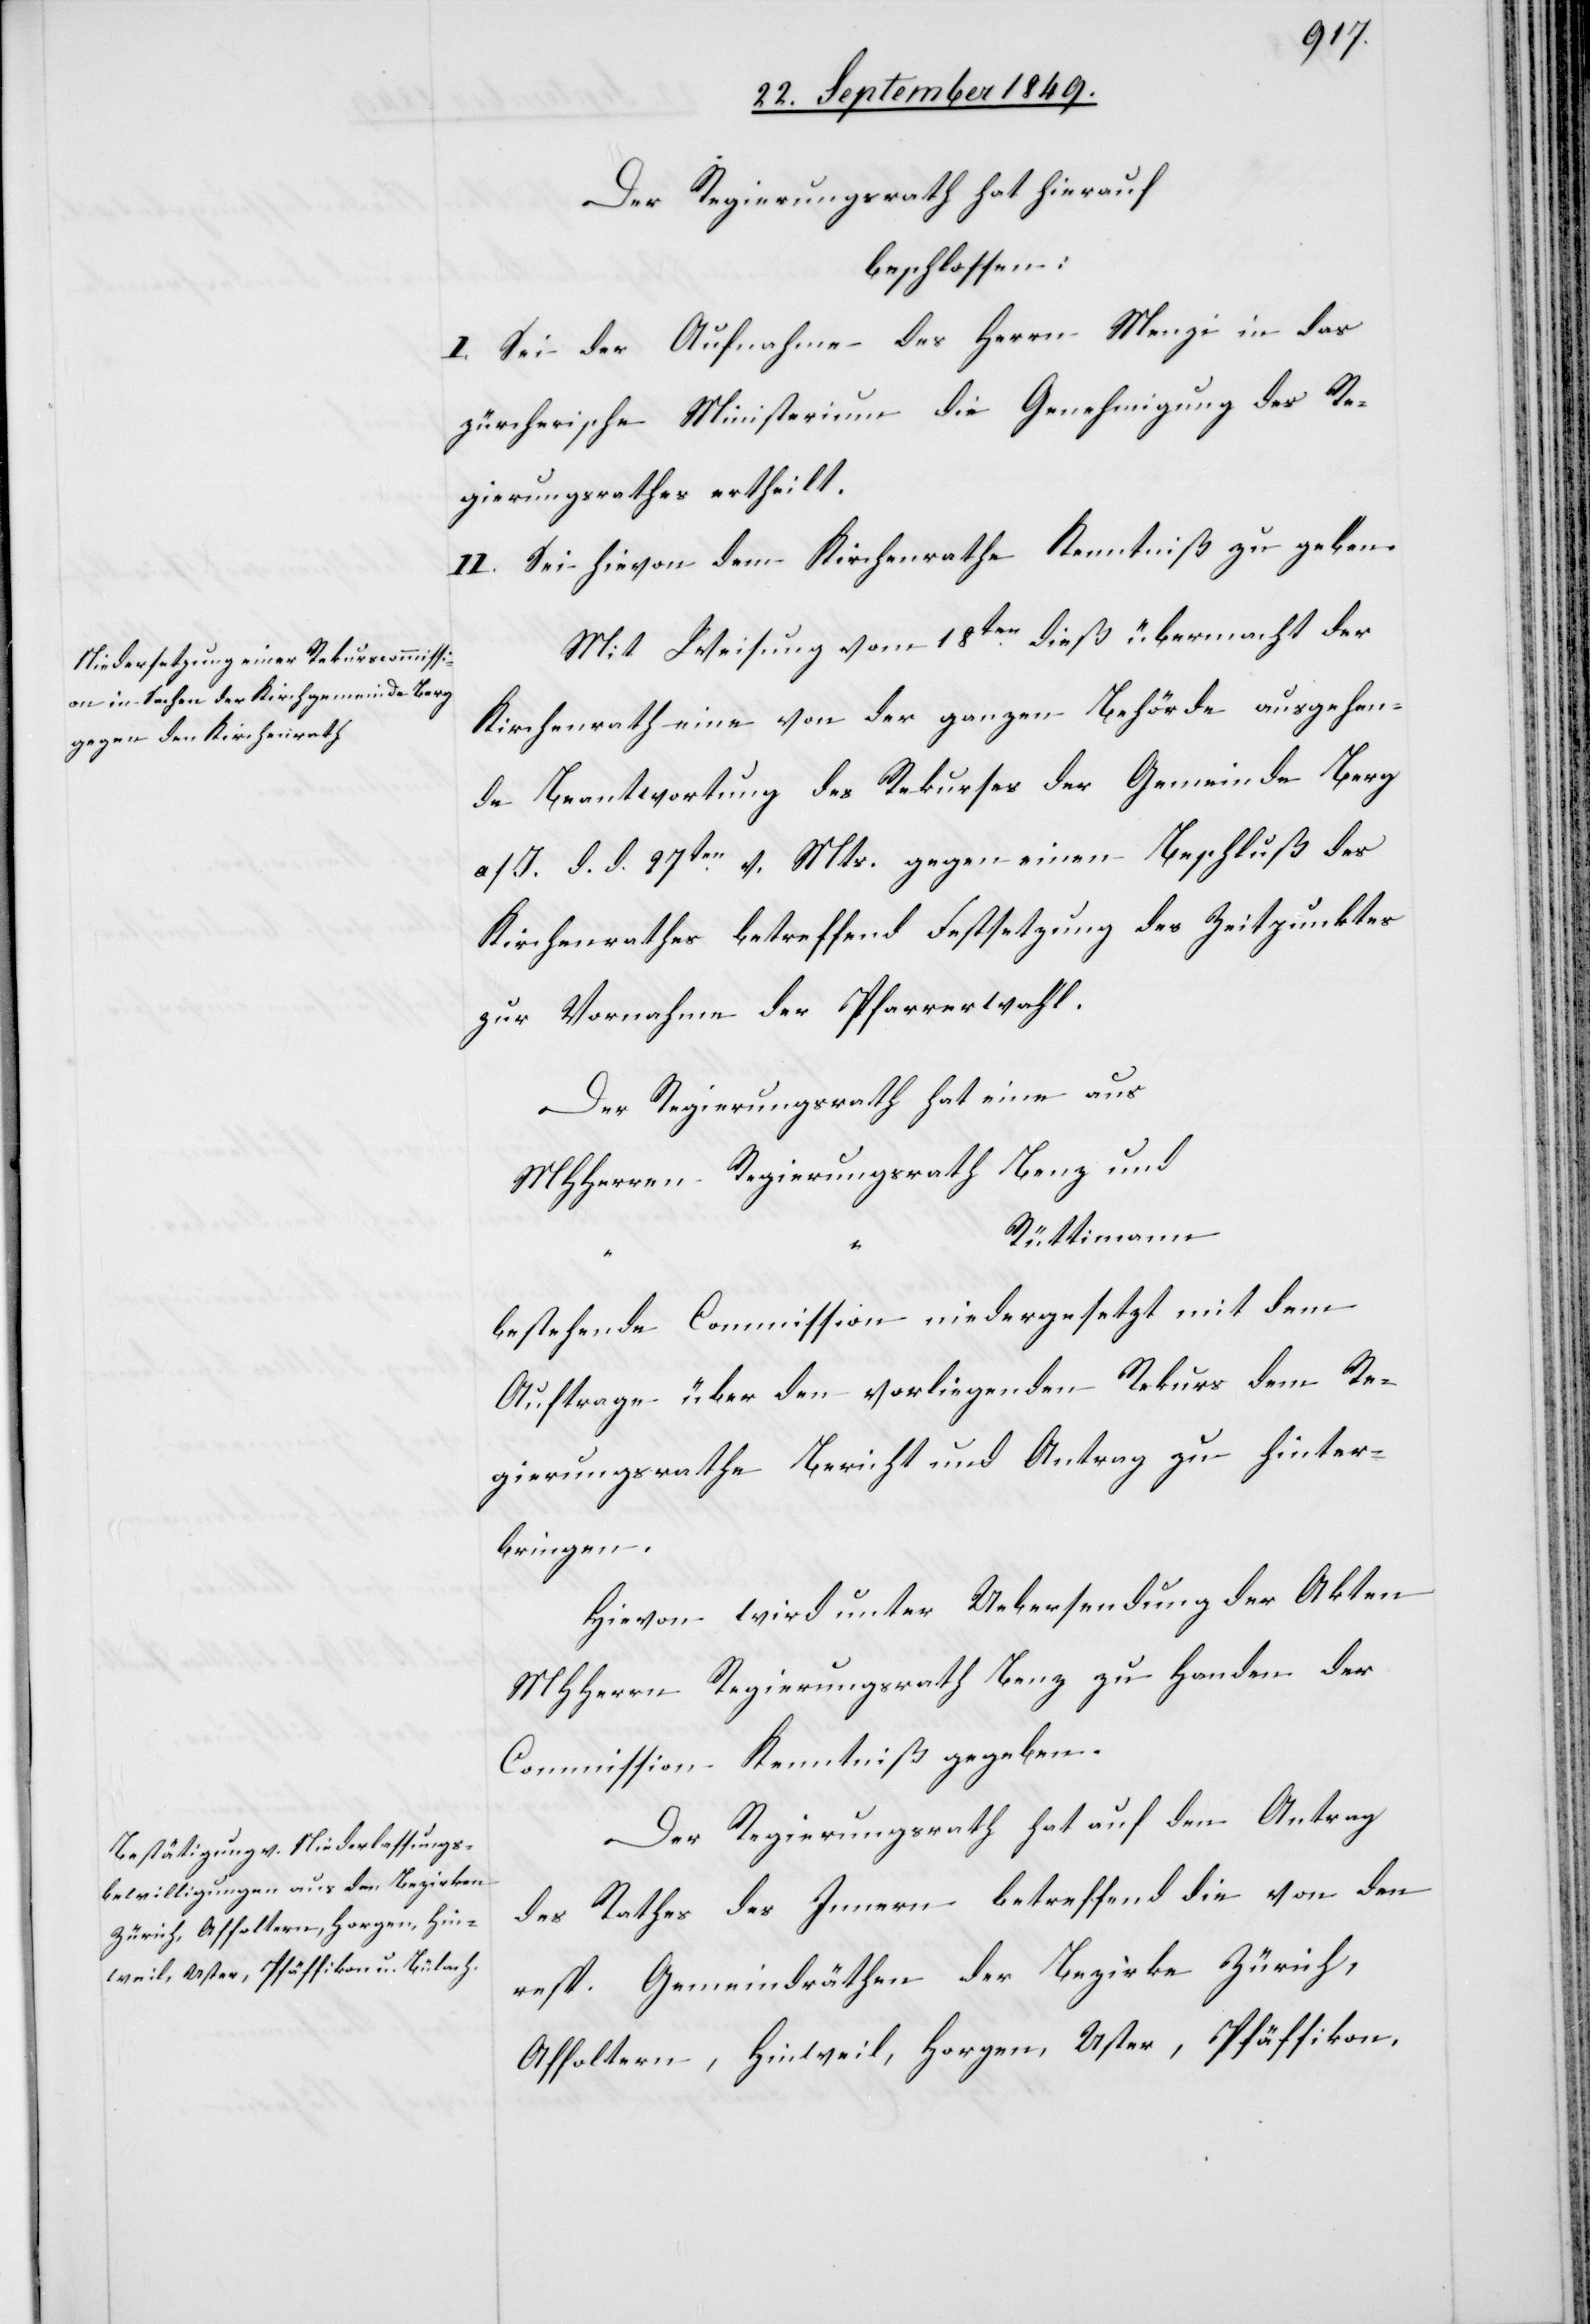
Der Regierungsrath hat hierauf
beschlossen:
I. Sei der Aufnahme des Herrn Menzi in das
zürcherische Ministerium die Genehmigung des Re¬
gierungsrathes ertheilt.
II. Sei hievon dem Kirchenrathe Kenntniß zu geben.
Mit Weisung vom 18ten dieß übermacht der
Kirchenrath eine von der ganzen Behörde ausgehen¬
de Beantwortung des Rekurses der Gemeinde Berg
a/I. d. d. 27ten v. Mts. gegen einen Beschluß des
Kirchenrathes betreffend Festsetzung des Zeitpunktes
zur Vornahme der Pfarrerwahl.
Der Regierungsrath hat eine aus
MHHerrn Regierungsrath Benz und
Rüttimann
bestehende Commission niedergesetzt mit dem
Auftrage über den vorliegenden Rekurs dem Re¬
gierungsrathe Bericht und Antrag zu hinter¬
bringen.
Hievon wird unter Uebersendung der Akten
MHHerrn Regierungsrath Benz zu Handen der
Commission Kenntniß gegeben.
Der Regierungsrath hat auf den Antrag
des Rathes des Innern betreffend die von den
resp. Gemeindräthen der Bezirke Zürich,
Affoltern, Hinweil, Horgen, Uster, Pfäffikon,